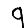
Digit: 9